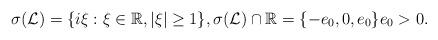
LaTeX: \begin{align*}\sigma_{} (\mathcal{L}) =\{i \xi: \xi \in \mathbb{R}, |\xi| \ge 1\}, \sigma(\mathcal{L}) \cap \mathbb{R} = \{ -e_0, 0, e_0\} e_0>0.\end{align*}